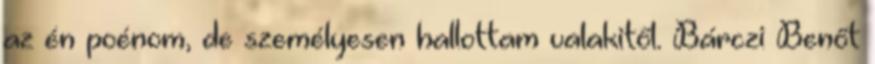
az én poénom, de személyesen hallottam valakitől. Bárczi Benőt